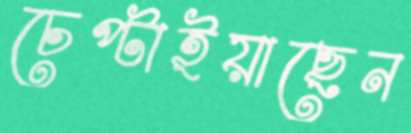
চেপ্‌টাইয়াছেন